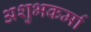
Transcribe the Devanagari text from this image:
अशुभकर्मा